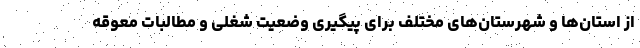
از استان‌ها و شهرستان‌های مختلف برای پیگیری وضعیت شغلی و مطالبات معوقه